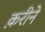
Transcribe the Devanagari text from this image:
क़रीने